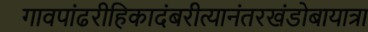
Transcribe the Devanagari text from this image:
गावपांढरीहिकादंबरीत्यानंतरखंडोबायात्रा